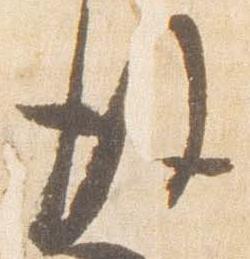
後